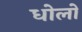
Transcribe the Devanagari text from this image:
धोलो